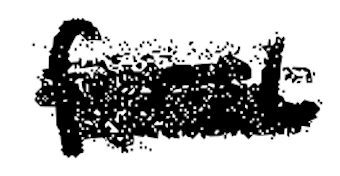
Text: first
Cross-out: scratch
Writing tool: digital_black